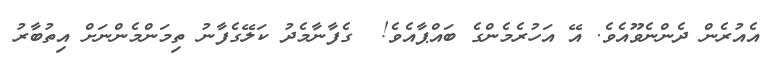
އެއުރެން ދެންނެވޫއެވެ. އޭ އަހުރެމެންގެ ބައްޕާއެވެ!  ގެފާނާމެދު ކަލޭގެފާނު ތިމަންމެންނަށް އިތުބާރު